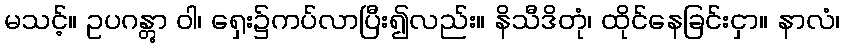
မသင့်။ ဥပဂန္တွာ ဝါ၊ ရှေး၌ကပ်လာပြီး၍လည်း။ နိသီဒိတုံ၊ ထိုင်နေခြင်းငှာ။ နာလံ၊